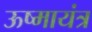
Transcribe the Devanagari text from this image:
ऊष्मायंत्र